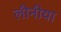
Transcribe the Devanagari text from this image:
लीनीया